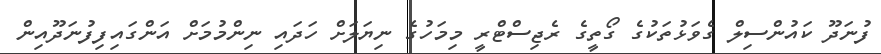
ފުނަދޫ ކައުންސިލް ގެވަޅުތަކުގެ ގޯތީގެ ރެޖިސްޓްރީ މިމަހުގެ ނިޔަލަށް ހަަދައި ނިންމުމަށް އަންގައިފިފުނަދޫއިން